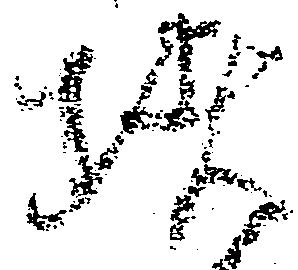
堵